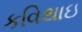
કવિથાઇ